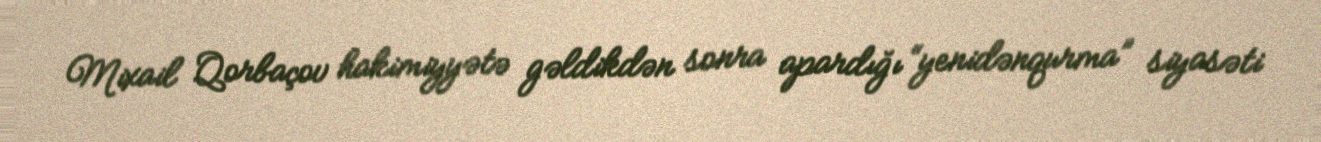
Mixail Qorbaçov hakimiyyətə gəldikdən sonra apardığı “yenidənqurma” siyasəti